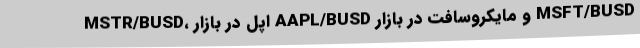
MSTR/BUSD، اپل در بازار AAPL/BUSD و مایکروسافت در بازار MSFT/BUSD